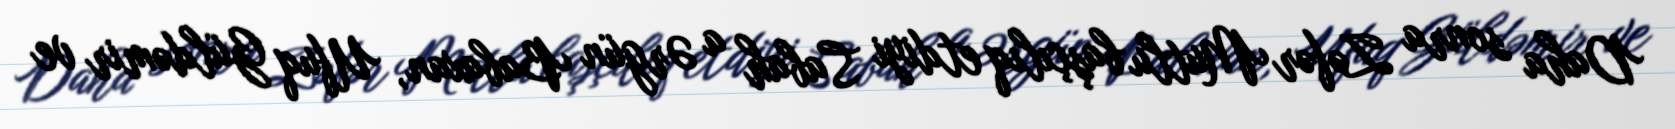
Daha sonra Zəfər Mutlu başçılıq etdiyi Sabah a Ərgün Babaxan, Ufuq Güldəmir ve